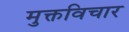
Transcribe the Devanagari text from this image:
मुक्तविचार